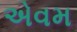
એવમ